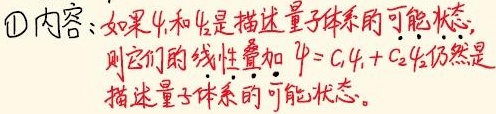
\textcircled{1}内容：如果\(\psi_1\)和\(\psi_2\)是描述量子体系的可能状态，则它们的线性叠加\(\psi = c_1\psi_1 + c_2\psi_2\)仍然是描述量子体系的可能状态。